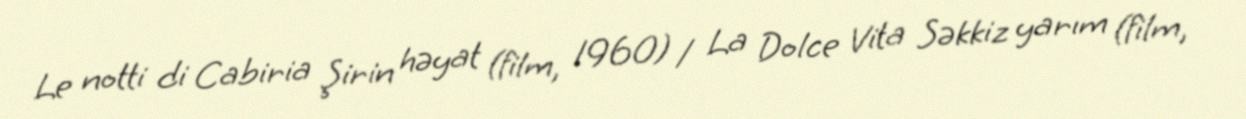
Le notti di Cabiria Şirin həyat (film, 1960) / La Dolce Vita Səkkiz yarım (film,